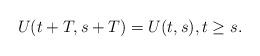
LaTeX: \begin{align*}U(t+T,s+T)=U(t,s),t\geq s.\end{align*}